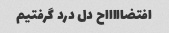
افتضاااااح دل درد گرفتیم